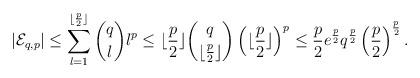
LaTeX: \begin{align*} |\mathcal{E}_{q, p}|\leq \sum_{l=1}^{\lfloor \frac{p}{2}\rfloor} \binom{q}{l}l^{p} \leq \lfloor \frac{p}{2}\rfloor \binom{q}{\lfloor \frac{p}{2}\rfloor} \left( \lfloor \frac{p}{2}\rfloor\right)^{p} \leq \frac{p}{2} e^{\frac{p}{2}} q^{\frac{p}{2}} \left( \frac{p}{2}\right)^{\frac{p}{2}}.\end{align*}